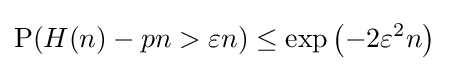
\operatorname {P} (H(n)-pn>\varepsilon n)\leq \exp \left(-2\varepsilon ^{2}n\right)